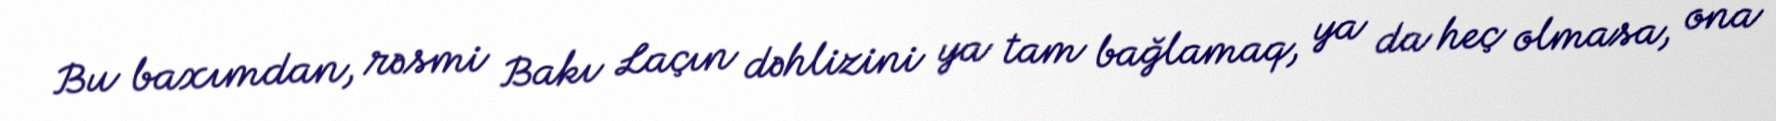
Bu baxımdan, rəsmi Bakı Laçın dəhlizini ya tam bağlamaq, ya da heç olmasa, ona